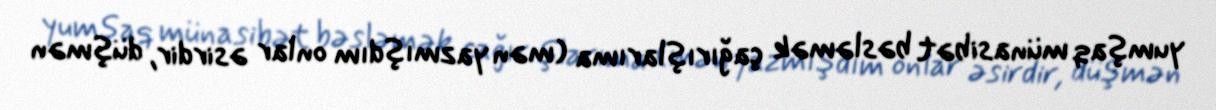
yumşaq münasibət bəsləmək çağırışlarıma (mən yazmışdım onlar əsirdir, düşmən